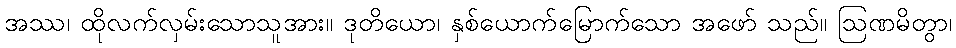
အဿ၊ ထိုလက်လှမ်းသောသူအား။ ဒုတိယော၊ နှစ်ယောက်မြောက်သော အဖော် သည်။ ဩဏမိတွာ၊